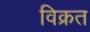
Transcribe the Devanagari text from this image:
विक्रत